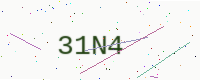
Text: 31N4